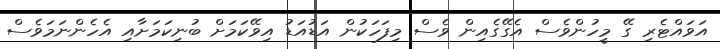
އަވައްޓެރި ގޭ މީހުންވެސް އެގޭގެއިން ވެސް މިފަހަކުން އަޑުއަޑު އިވޭކަމަށް ބުނިކަމަށާއި އެހެންނަމަވެސް